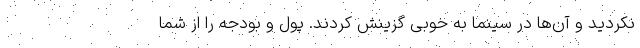
نکردید و آن‌ها در سینما به خوبی گزینش کردند. پول و بودجه را از شما